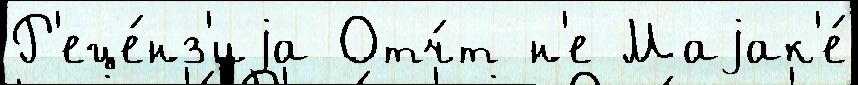
Р'еце́нз'иjа Отч́т н'е Маjак'е́